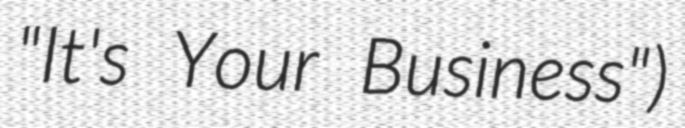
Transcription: "It's Your Business")